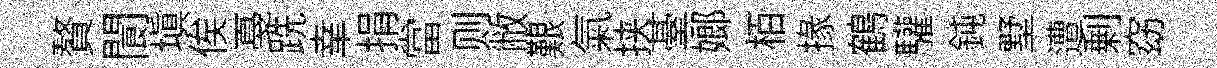
贅閬塡俟戞跣𦍒捐當则敝艱氣挟䑓嫏栢掾鶴驩鈍墅遭剰窈